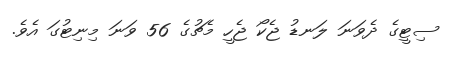
ސިޓީގެ ދެވަނަ ލަނޑު ޖެކޯ ޖެހީ މެޗުގެ 56 ވަނަ މިނިޓުގަ އެވެ.